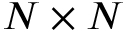
N \times N